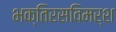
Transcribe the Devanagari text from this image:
भक्तिरसविमर्श